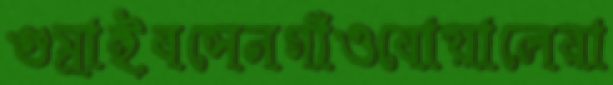
গুম্‌রাইবসেনগাঁওবোয়ালেরা